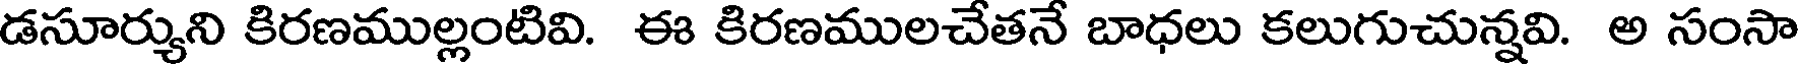
డసూర్యుని కిరణముల్లంటివి. ఈ కిరణములచేతనే బాధలు కలుగుచున్నవి. అ సంసా